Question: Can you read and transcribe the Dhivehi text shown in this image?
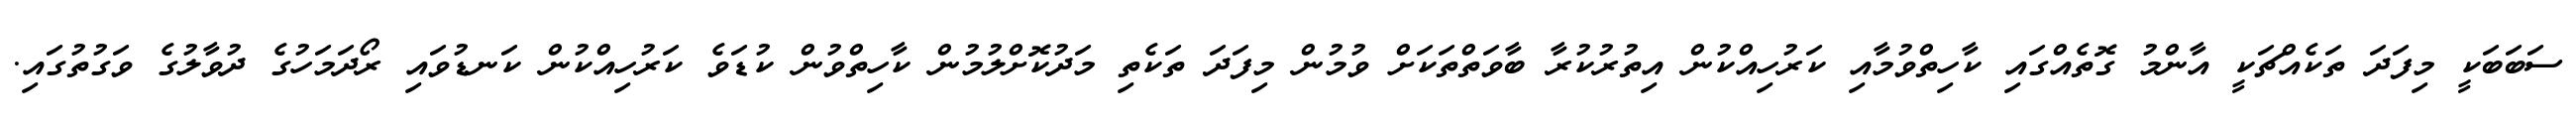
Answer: ސަބަބަކީ މިފަދަ ތަކެއްޗަކީ އާންމު ގޮތެއްގައި ކާހިތްވުމާއި ކަރުހިއްކުން އިތުރުކުރާ ބާވަތްތަކަށް ވުމުން މިފަދަ ތަކެތި މަދުކޮށްލުމުން ކާހިތްވުން ކުޑަވެ ކަރުހިއްކުން ކަނޑުވައި ރޯދަމަހުގެ ދުވާލުގެ ވަގުތުގައި.